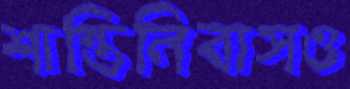
শান্তিনিবাসও